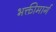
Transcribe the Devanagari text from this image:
भक्तीमार्ग